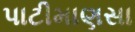
પાટીમાણસા